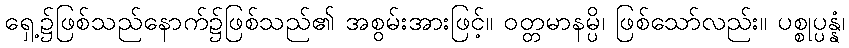
ရှေ့၌ဖြစ်သည်နောက်၌ဖြစ်သည်၏ အစွမ်းအားဖြင့်။ ဝတ္တမာနမ္ပိ၊ ဖြစ်သော်လည်း။ ပစ္စုပ္ပန္နံ၊